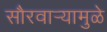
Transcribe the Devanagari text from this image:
सौरवार्‍यामुळे